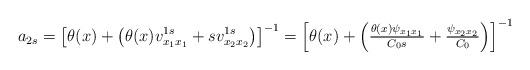
LaTeX: \begin{align*}a_{2s} = \left[\theta(x)+\left(\theta(x)v^{1s}_{x_1 x_1} + s v^{1s}_{x_2 x_2} \right)\right]^{-1}=\left[\theta(x)+\left(\tfrac{\theta(x) \psi_{x_1 x_1}}{C_0 s} + \tfrac{ \psi_{x_2 x_2}}{C_0} \right)\right]^{-1}\end{align*}